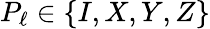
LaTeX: P_{\ell}\in\{ I,X,Y,Z\}